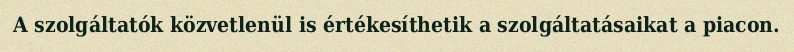
A szolgáltatók közvetlenül is értékesíthetik a szolgáltatásaikat a piacon.